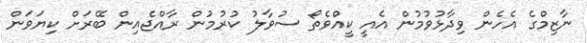
ނާޒިމްގެ އެހެން ވިދާޅުވުމުން އެއީ ކީއްވެތޯ ސުވާލު ކުރުމުން ރާއްޖެއިން ބޭރަށް ކިޔަވަން